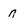
Character: n